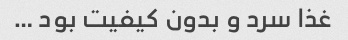
غذا سرد و بدون کیفیت بود …